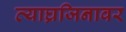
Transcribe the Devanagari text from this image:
व्याघ्रजिनावर